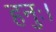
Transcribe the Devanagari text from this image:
हनुः।